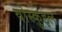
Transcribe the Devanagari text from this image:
वोस्कुइल